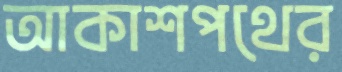
আকাশপথের